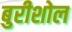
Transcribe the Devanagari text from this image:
बुरीशोल